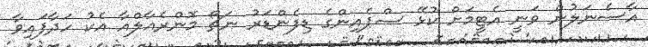
އާސެނަލުން ވަނީ އެޓީމަށް ކުޅޭ ސްޕެއިންގެ ޑިފެންޑަރު ނަޗޯ މޮންރެއާލްއާ އެކު ހަދާފައިވާ